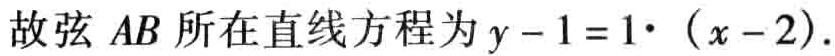
故弦 \(AB\) 所在直线方程为 \(y - 1 = 1\cdot (x - 2)\).